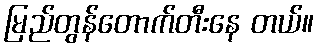
မြည်တွန်တောက်တီးနေ တယ်။